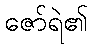
ဇော်ရဲ၏